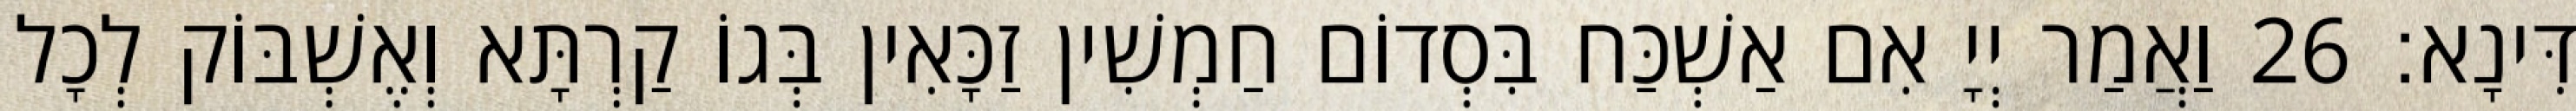
דִּינָא׃ 26 וַאֲמַר יְיָ אִם אַשְׁכַּח בִּסְדוֹם חַמְשִׁין זַכָּאִין בְּגוֹ קַרְתָּא וְאֶשְׁבּוֹק לְכָל